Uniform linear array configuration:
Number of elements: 24
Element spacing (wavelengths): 0.5
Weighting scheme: cosine
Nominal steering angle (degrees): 15
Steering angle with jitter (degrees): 14.386
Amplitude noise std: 0.05
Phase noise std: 0.05

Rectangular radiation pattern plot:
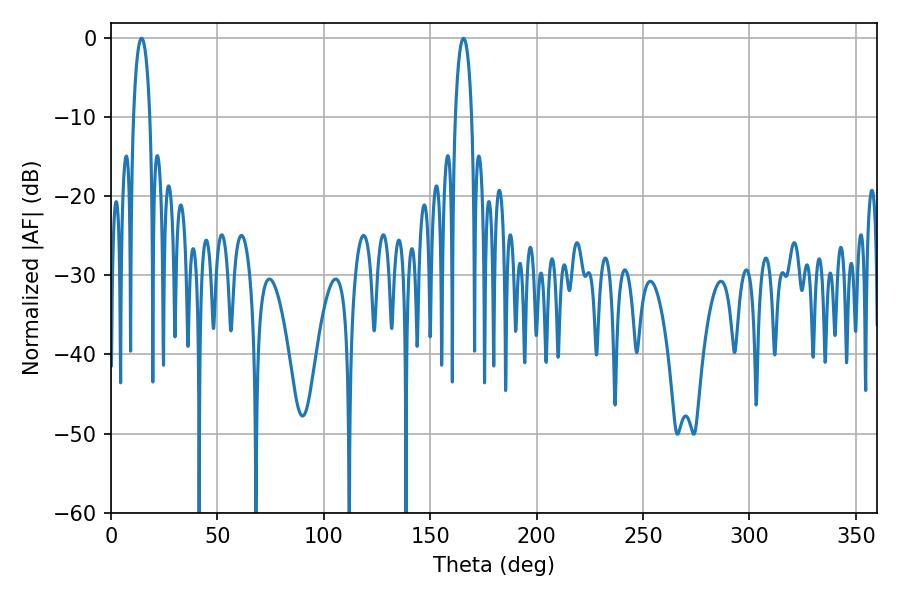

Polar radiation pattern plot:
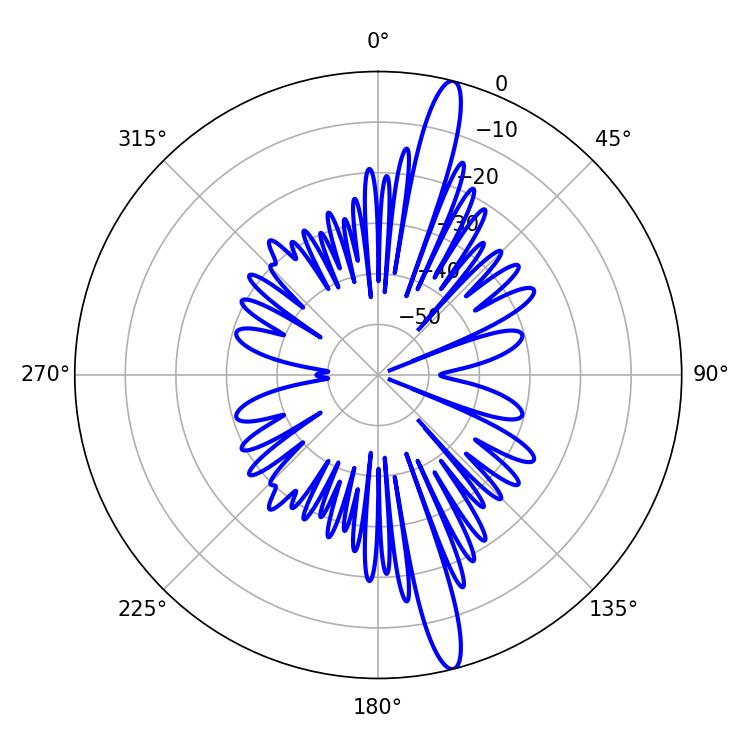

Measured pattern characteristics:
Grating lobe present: FALSE
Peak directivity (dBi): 16.682
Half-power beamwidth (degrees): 4.32
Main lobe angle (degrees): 14.4